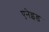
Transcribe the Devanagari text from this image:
एनेइड